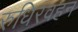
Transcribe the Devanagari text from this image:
रुधिरवहन